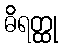
ဓိရတ္ထု